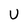
Character: U